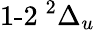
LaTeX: {\operatorname{1-2}}\phantom{A}\! \! \! ^{2}\Delta_{u}